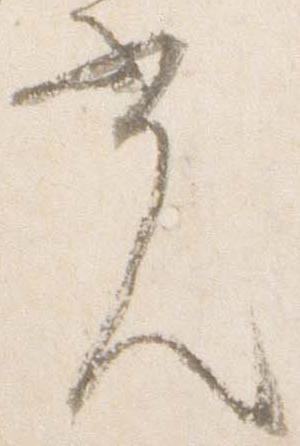
光